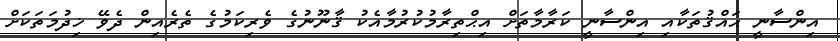
އިންސާނީ ޙައްޤުތަކާއި އިންސާނީ ކަރާމާތަށް އިޙްތިރާމުކުރުމާއެކު ޤާނޫނުގެ ވެރިކަމުގެ ތެރެއިން ދެވޭ ޚިދުމަތަކަށް